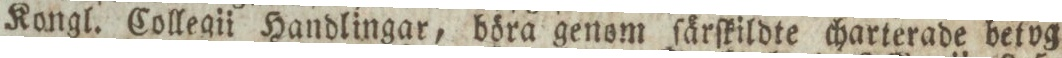
Kongl. Collegii Handlingar, böra genom ſärſkildte charterade betvg